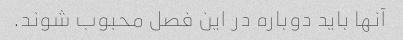
آنها باید دوباره در این فصل محبوب شوند.